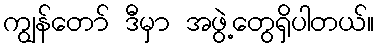
ကျွန်တော် ဒီမှာ အဖွဲ့တွေရှိပါတယ်။